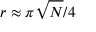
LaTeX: r \approx \pi { \sqrt { N } } / 4